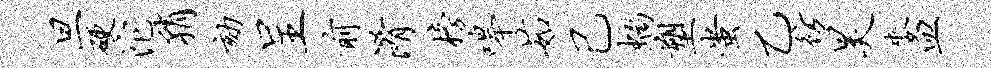
旦硬沱稍劾呈前淆榜嗥茹己螭塑蚩乙彷昊麦皿